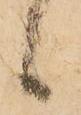
候